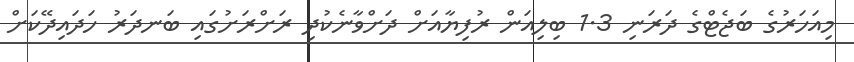
މިއަހަރުގެ ބަޖެޓްގެ ދަރަނި 1.3 ބިލިއަން ރުފިޔާއަށް ދަށްވާނެކުދި ރަށްރަށުގައި ބަނދަރު ހަދައިދޭކަށް